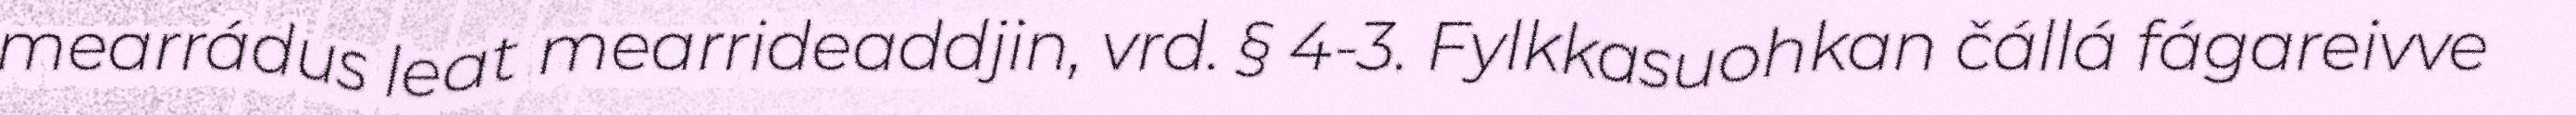
mearrádus leat mearrideaddjin, vrd. § 4-3. Fylkkasuohkan čállá fágareivve